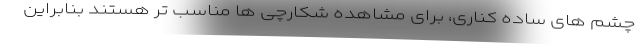
چشم های ساده کناری، برای مشاهده شکارچی ها مناسب تر هستند بنابراین